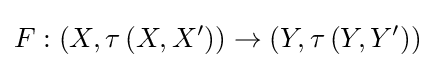
F:\left(X,\tau \left(X,X^{\prime }\right)\right)\to \left(Y,\tau \left(Y,Y^{\prime }\right)\right)